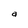
Character: a